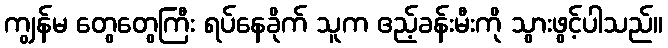
ကျွန်မ တွေတွေကြီး ရပ်နေခိုက် သူက ဧည့်ခန်းမီးကို သွားဖွင့်ပါသည်။